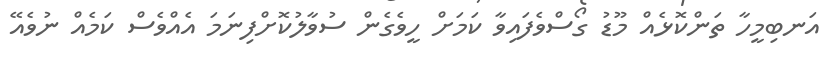
އަނބިމީހާ ތަންކޮޅެއް މޫޑު ގޯސްވެފައިވާ ކަމަށް ހީވެގެން ސުވާލުކޮށްފިނަމަ އެއްވެސް ކަމެއް ނުވެއޭ